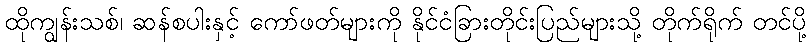
ထိုကျွန်းသစ်၊ ဆန်စပါးနှင့် ကော်ဖတ်များကို နိုင်ငံခြားတိုင်းပြည်များသို့ တိုက်ရိုက် တင်ပို့